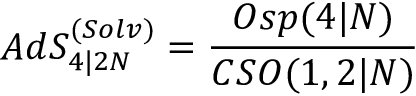
A d S _ { 4 \vert 2 { \cal N } } ^ { ( S o l v ) } = \frac { O s p ( 4 \vert { \cal N } ) } { C S O ( 1 , 2 \vert { \cal N } ) }